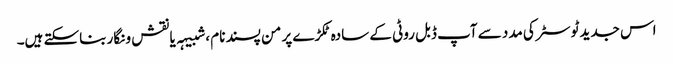
اس جدید ٹوسٹر کی مدد سے آپ ڈبل روٹی کے سادہ ٹکڑے پر من پسند نام ، شبیہہ یا نقش و نگار بناسکتے ہیں۔